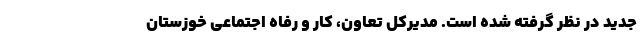
جدید در نظر گرفته شده است. مدیرکل تعاون، کار و رفاه اجتماعی خوزستان